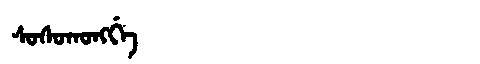
Manchu: ᠰᠣᠰᠣᡴᠣᠩᡤᡝ
Romanization: SOSOKONGGE